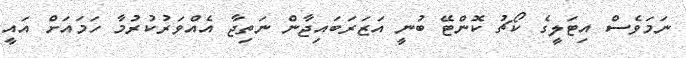
ނަމަވެސް އިޓަލީގެ ކޯޗު ކޮންޓޭ ބުނީ އަޒަރަބައިޖާން ނަތިޖާ އެއްވަރުކުރުމާ ހަމައަށް އައީ